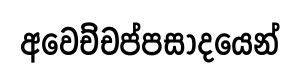
අවෙච්චප්පසාදයෙන්